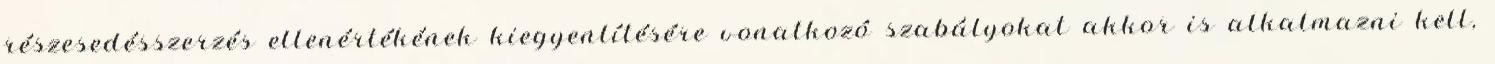
részesedésszerzés ellenértékének kiegyenlítésére vonatkozó szabályokat akkor is alkalmazni kell,